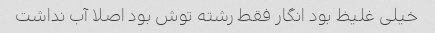
خیلی غلیظ بود انگار فقط رشته توش بود اصلا آب نداشت